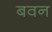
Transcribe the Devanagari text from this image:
बवन